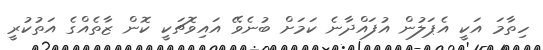
ހިތާމަ އަކީ އެޕަލުން އުފައްދާނެ ކަމަށް ބުނެވޭ އައިވޮޗަކީ ކޮން ޒާތެއްގެ އަތުކުރީ